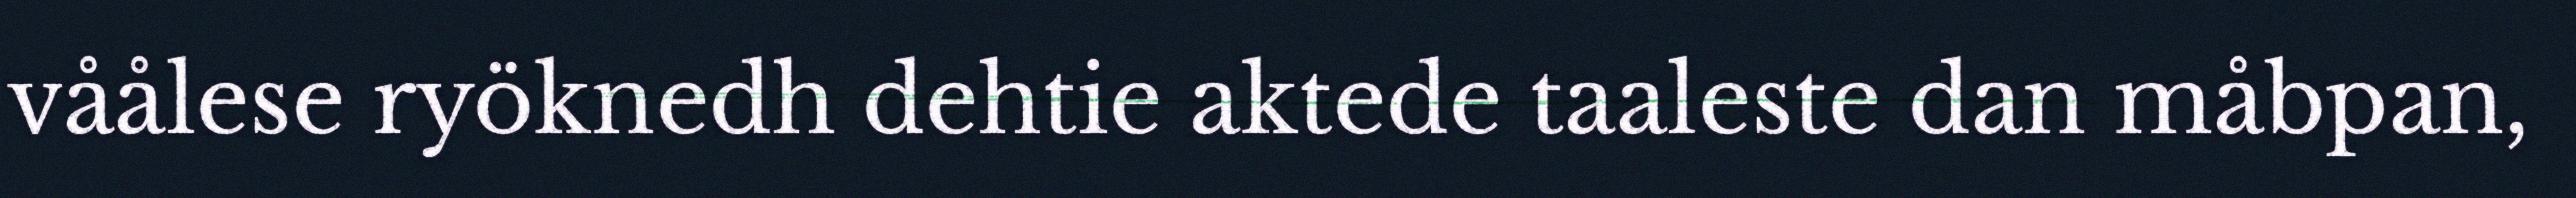
våålese ryöknedh dehtie aktede taaleste dan måbpan,